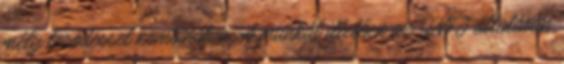
mély törődéssel kombinálva. A munkát illetően az INFJ általában